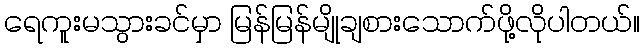
ရေကူးမသွားခင်မှာ မြန်မြန်မျိုချစားသောက်ဖို့လိုပါတယ်။